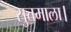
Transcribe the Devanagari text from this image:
सुत्तमाला।